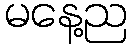
မနေ့ည